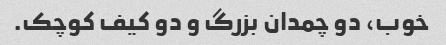
خوب، دو چمدان بزرگ و دو کیف کوچک.